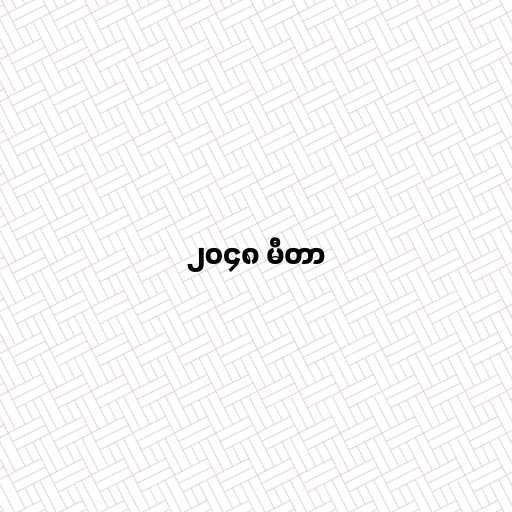
၂၀၄၈ မီတာ